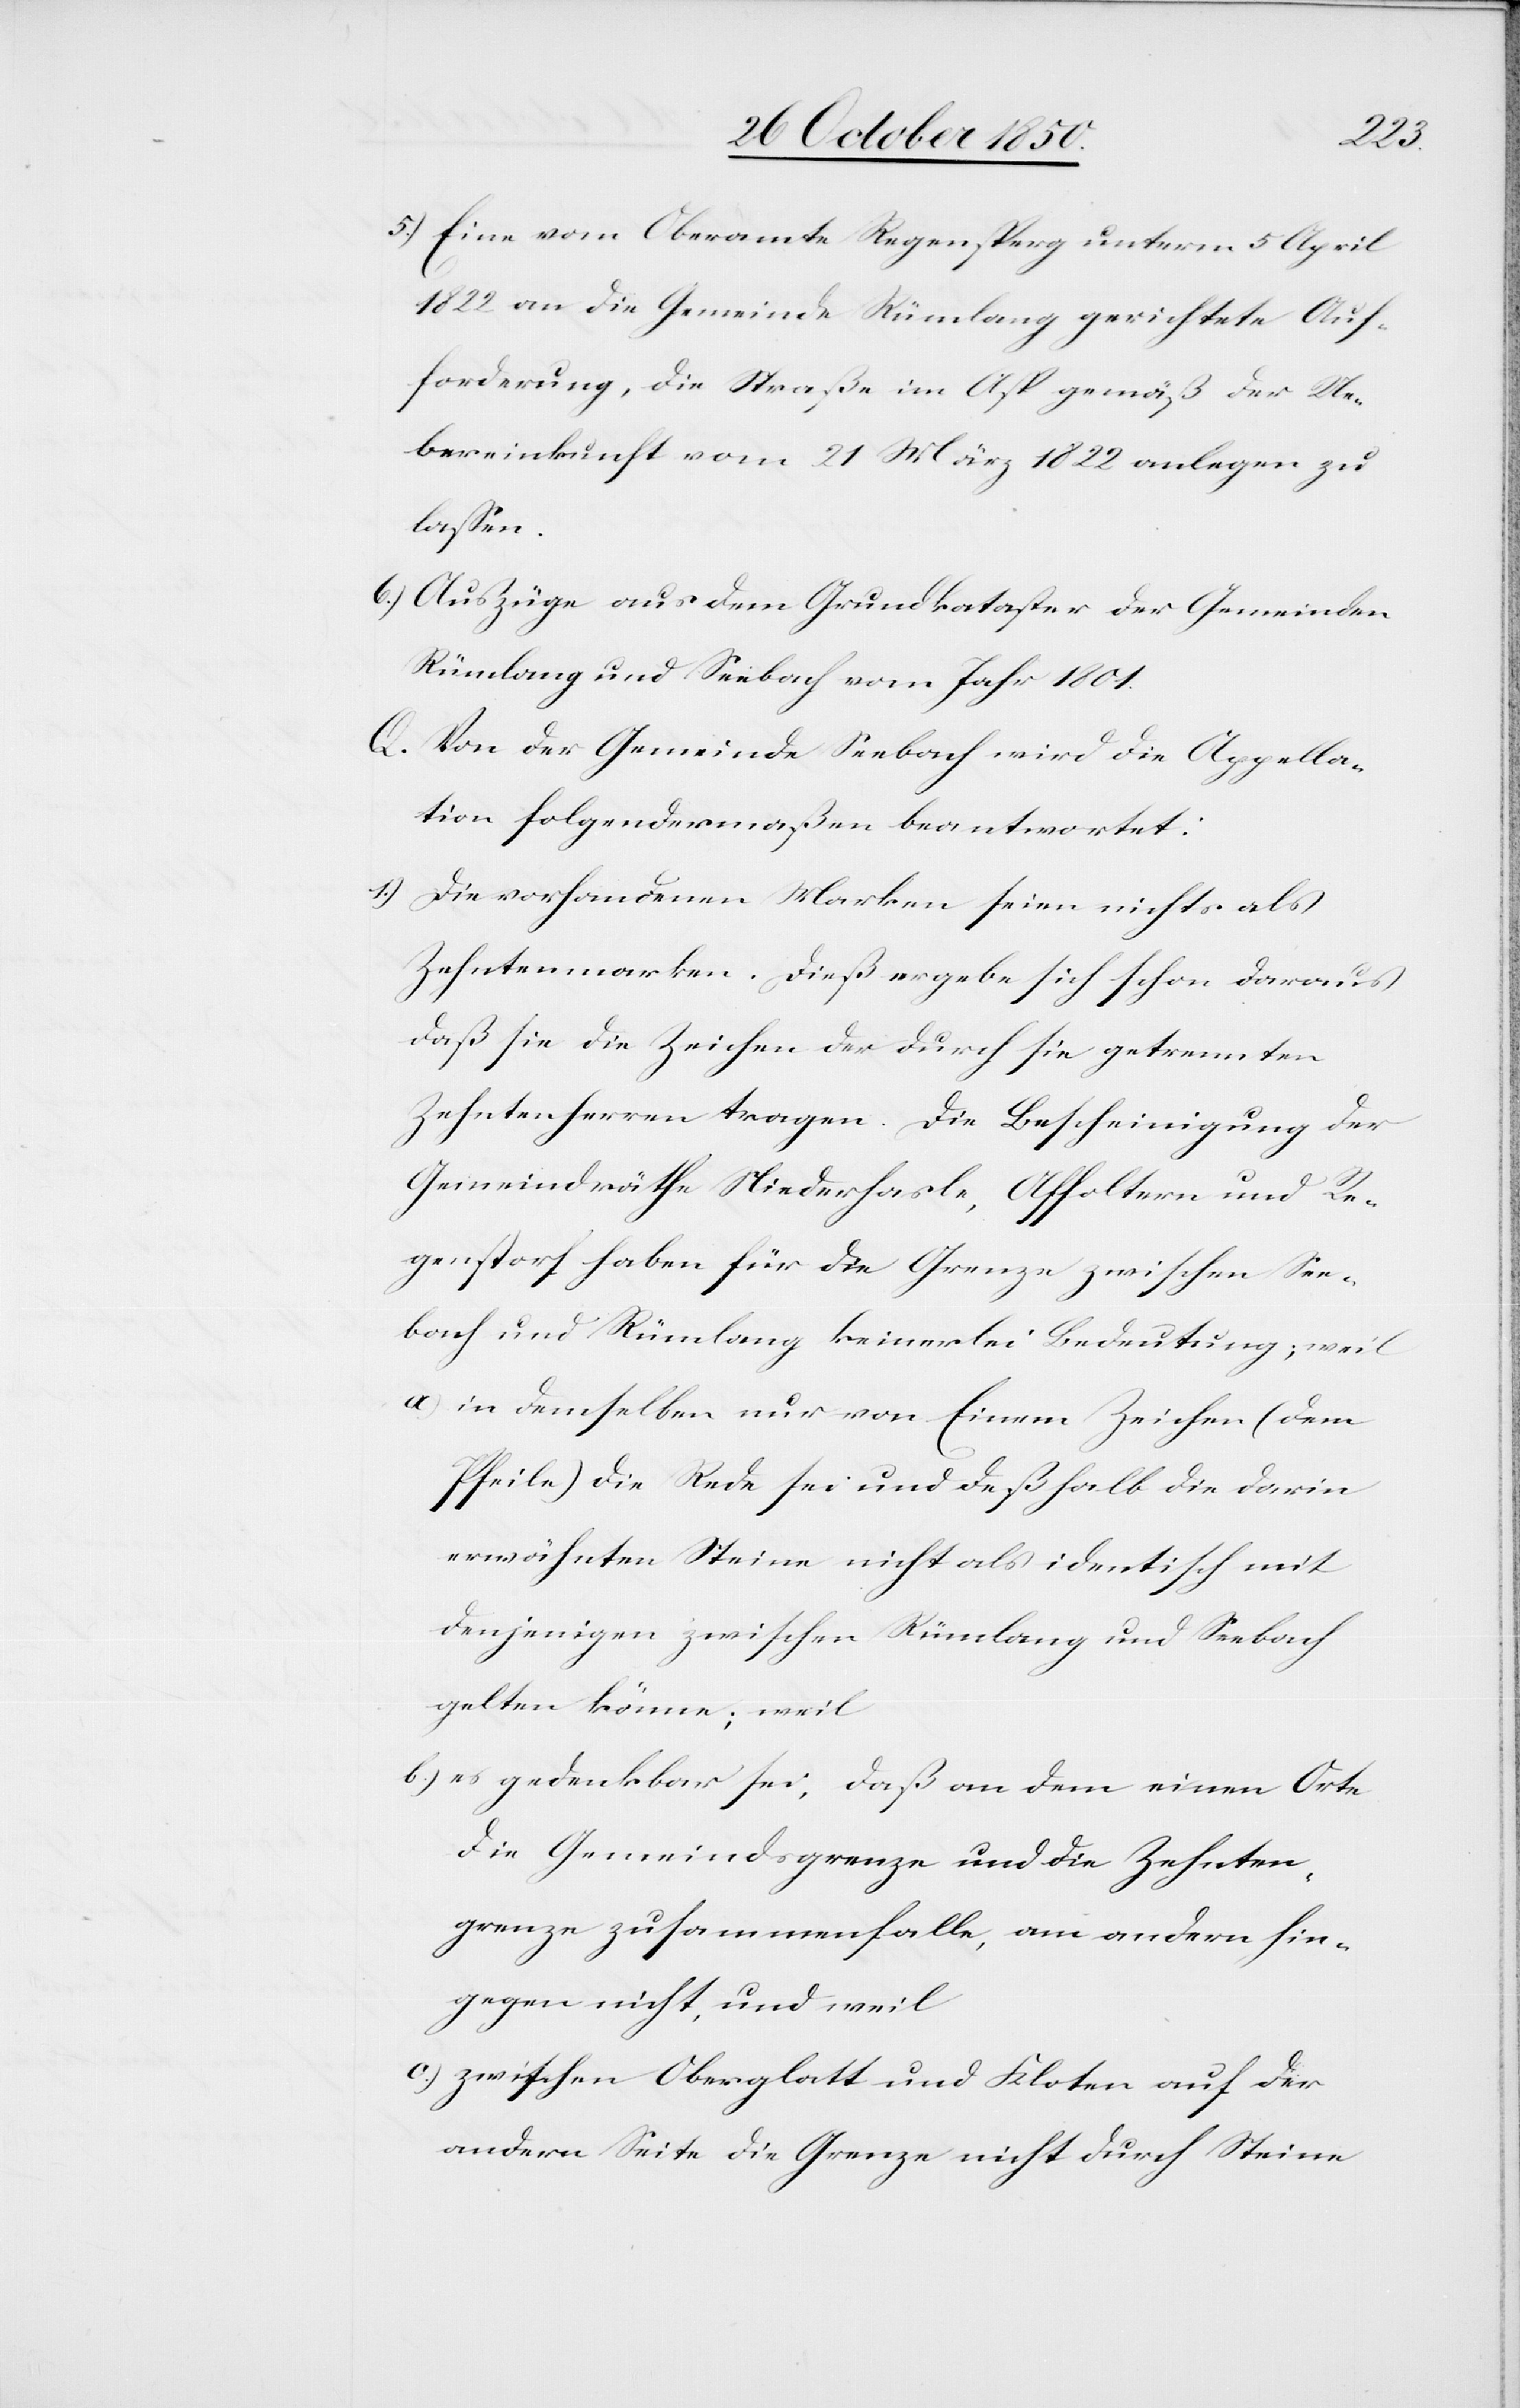
ls
5.) Eine vom Oberamte Regensperg unterm 5 April
1822 an die Gemeinde Rümlang gerichtete Auf¬
forderung, die Straße im Asp gemäß der Ue¬
bereinkunft vom 21 März 1822 anlegen zu
lassen.
6.) Auszüge aus dem Grundkataster der Gemeinden
Rümlang und Seebach vom Jahr 1801.
Q. Von der Gemeinde Seebach seien nichts a¬
Zehntenmarken. Dieß ergebe sich schon daraus
daß sie die Zeichen der durch sie getrennten
Zehntenherren tragen. Die Bescheinigung der
Gemeindräthe Niederhasle, Affoltern und Re¬
genstorf haben für die Grenze zwischen See¬
bach und Rümlang keinerlei Bedeutung; weil
a) in demselben nur von Einem Zeichen (dem
Pfeile) die Rede sei und deßhalb die darin
erwähnten Steine nicht als identisch mit
denjenigen zwischen Rümlang und Seebach
gelten könne; weil
b.) es gedenkbar sei, daß an dem einen Orte
die Gemeindsgrenze und die Zehnten¬
grenze zusammenfalle, am andern hin¬
gegen nicht, und weil
c.) zwischen Oberglatt und Kloten auf der
andern Seite die Grenze nicht durch Steine